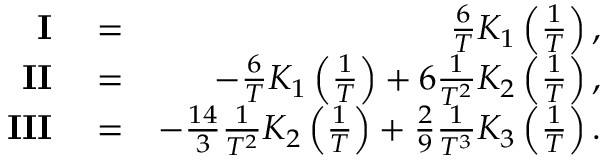
\begin{array} { r l r } { \mathbf { I } } & { { } = } & { \frac { 6 } { T } K _ { 1 } \left( \frac { 1 } { T } \right) , } \\ { \mathbf { I I } } & { { } = } & { - \frac { 6 } { T } K _ { 1 } \left( \frac { 1 } { T } \right) + 6 \frac { 1 } { T ^ { 2 } } K _ { 2 } \left( \frac { 1 } { T } \right) , } \\ { \mathbf { I I I } } & { { } = } & { - \frac { 1 4 } { 3 } \frac { 1 } { T ^ { 2 } } K _ { 2 } \left( \frac { 1 } { T } \right) + \frac { 2 } { 9 } \frac { 1 } { T ^ { 3 } } K _ { 3 } \left( \frac { 1 } { T } \right) . } \end{array}